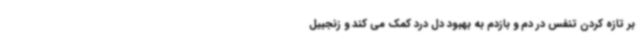
بر تازه کردن تنفس در دم و بازدم به بهبود دل درد کمک می کند و زنجبیل